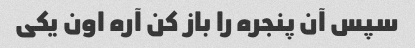
سپس آن پنجره را باز کن آره اون یکی